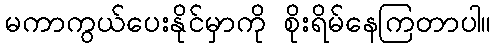
မကာကွယ်ပေးနိုင်မှာကို စိုးရိမ်နေကြတာပါ။